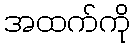
အထက်ကို